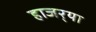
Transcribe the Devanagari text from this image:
हाजर्‍या